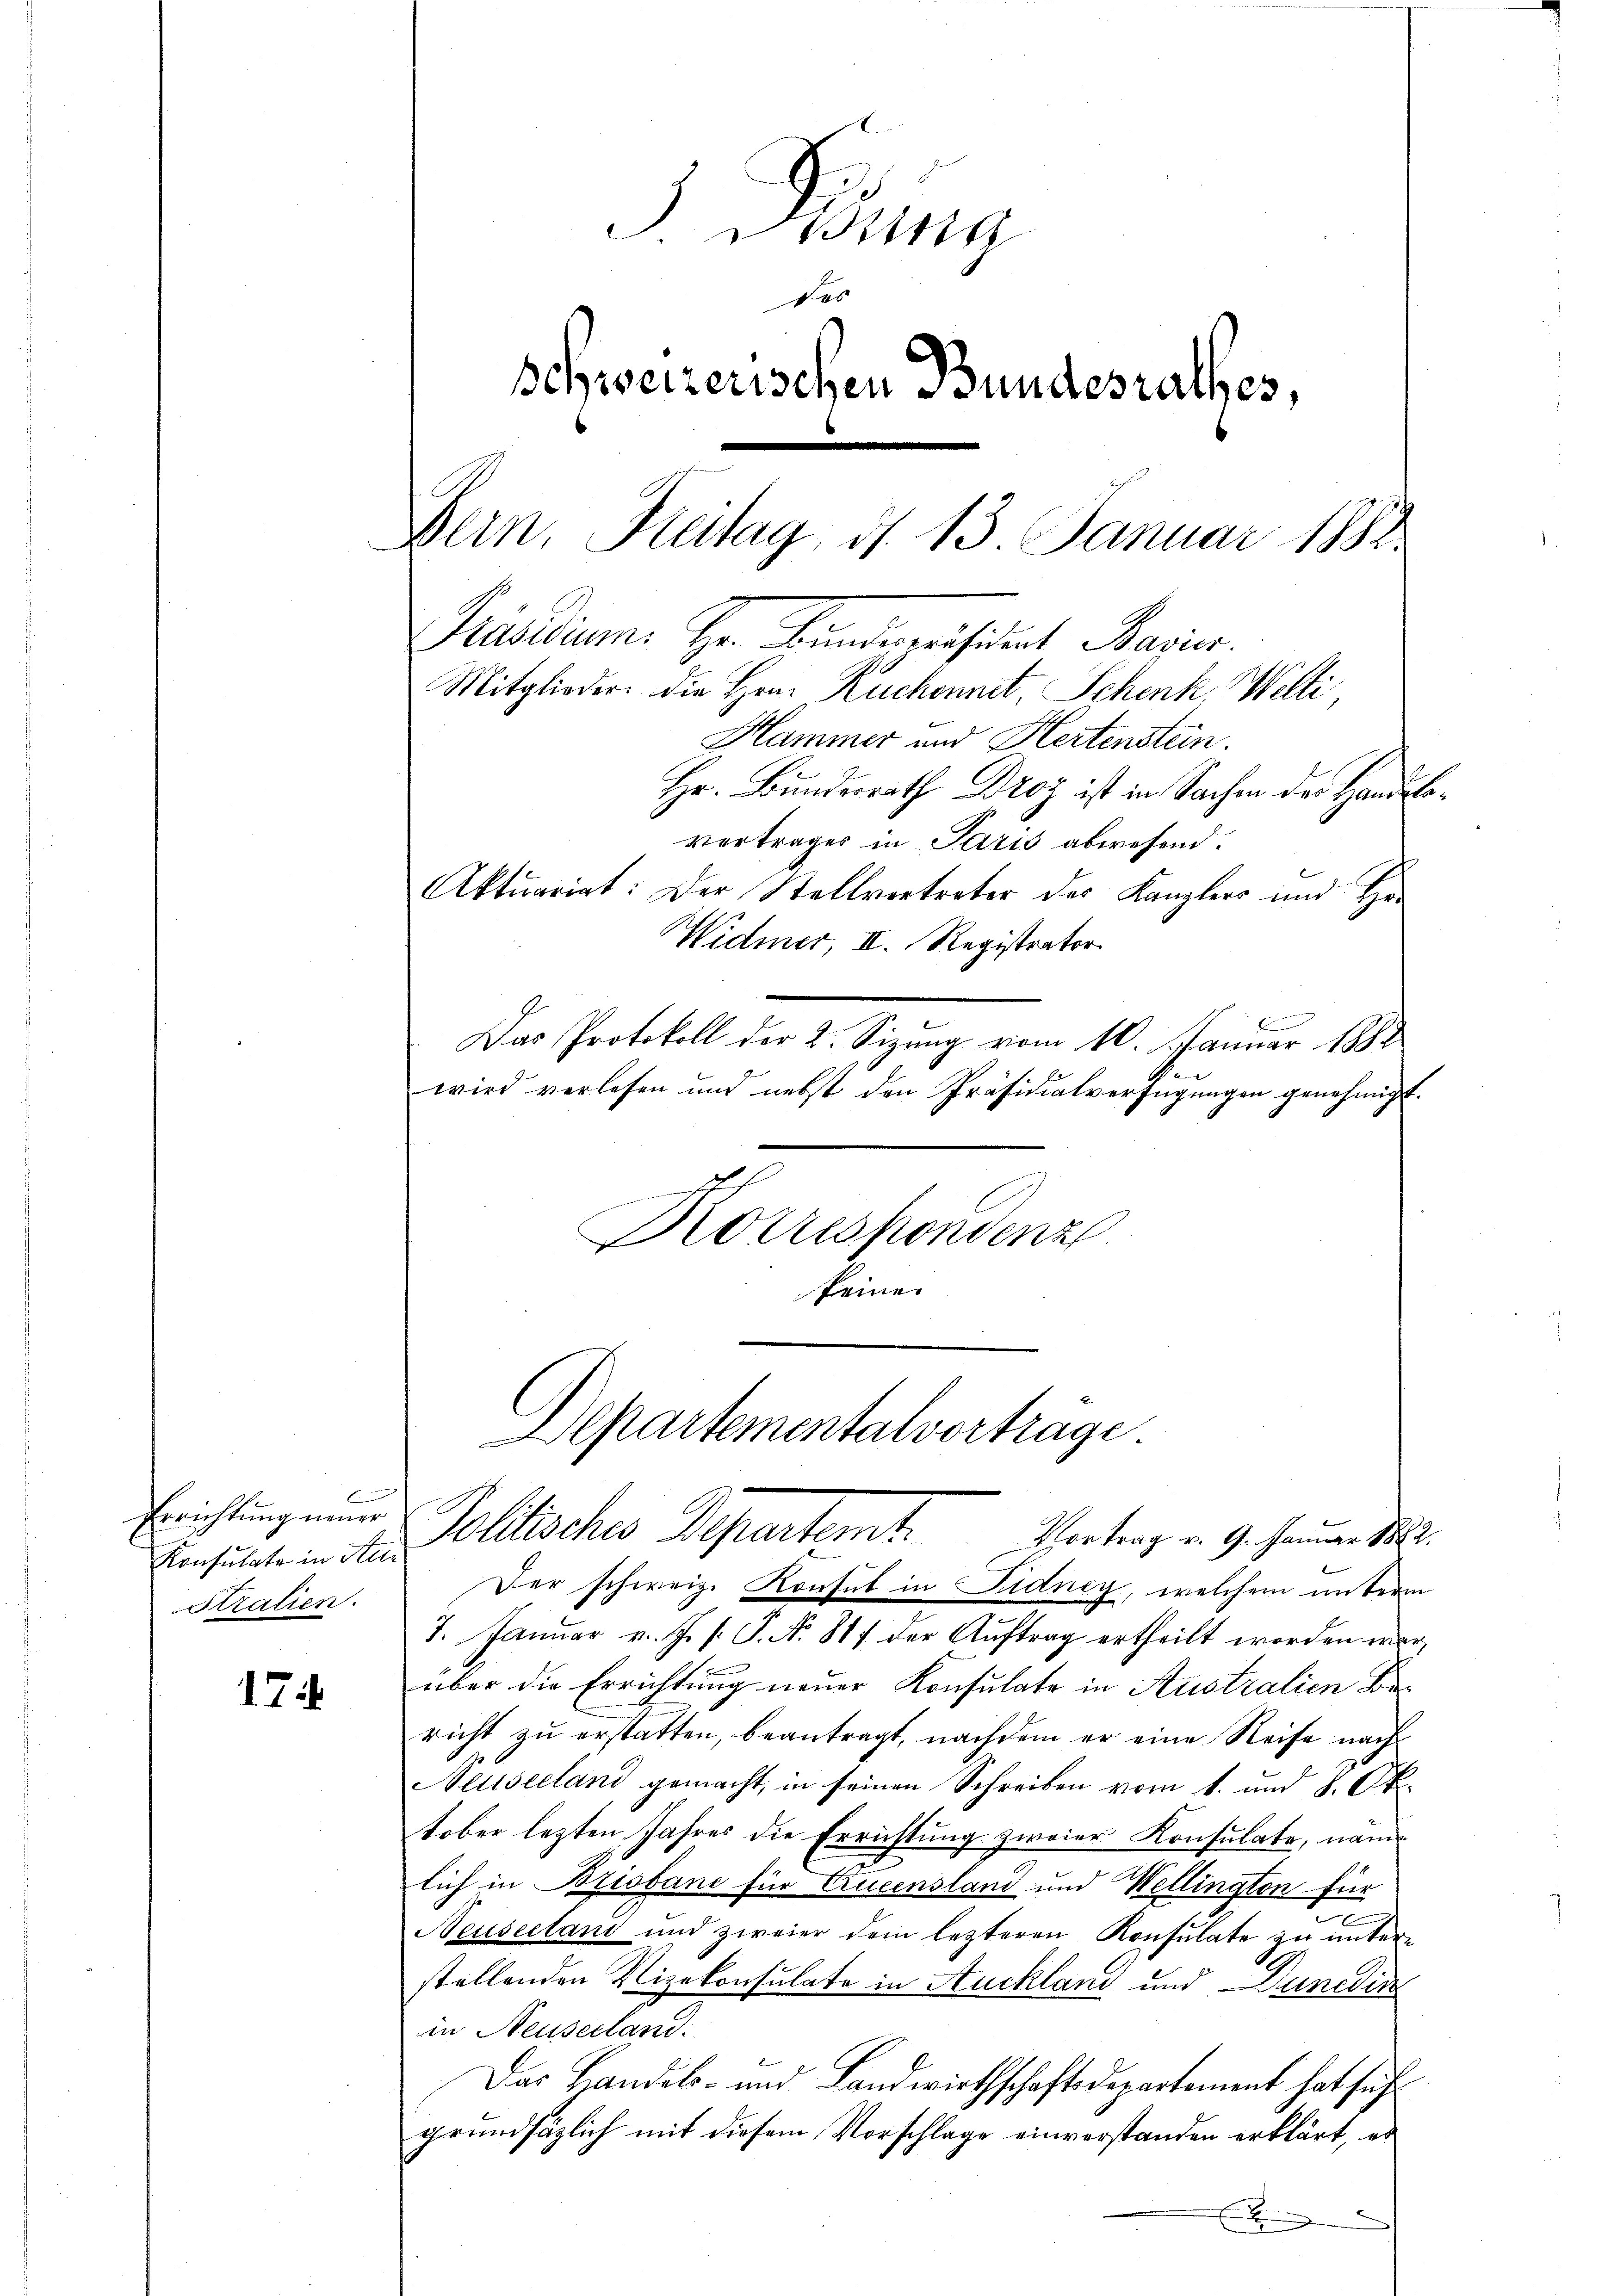
Konsulate in Stu
Stralien.

174

ng
Des
schweizerischen Bundesrathes,
Bern, Freitag, d. 13. Januar 1888.
Präsidium. Hr. Bindepräsident Bavier.
Mitglieder die Hrn. Ruckennet Schenk, Welti
Hammer und Hertenstein.

Hr. Bundesrath Droy ist in Sachen der Handlovertrages in Paris abwesend:
Aktuariat: Der Stellvortreter des Kanzlers und Her
Widmer II. Registrator.
Das Protokoll der 2. Sizung vom 10. Januar 1882
wird verlesen und nebst den Präsidialverfügungen genehmigt.
Korrespondenz
keine

Vortrag v. 9. Januar 1882.
Der schweiz. Konsul in Fidney, welchem unterm
7. Januar v. J. P. P. Nr. 817 der Auftrag ertheilt worden war,
über die Errichtung neuer Konsulate in Australien Bericht zu erstatten, beantragt, nachdem er eine Reise nach
Neuseeland gemacht, in seinen Schreiben vom 1. und 8. Ok
tober lezten Jahres die Errichtung zweier Konsulate, name
lich in Brisbane für Erueensland und Wellington für
Neuseelani und zweier dem lezteren Konsulate zu unterstellenden Vizekonsulate in Auckland und Duncdin
in Neuseeland.
Das Landels- und Landwirthschaftsdepartement hat sich
grundsätzlich mit diesem Vorschlage einverstanden erklärt, es
x

epartementalvortrage
Erichtung und Pollisches Departemt.